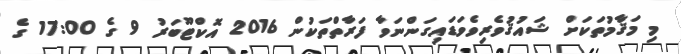
މި މަޤާމުތަކަށް ޝައުޤުވެރިވެވަޑައިގަންނަވާ ފަރާތްތަކުން 2016 އޮކްޓޫބަރު 9 ގެ 17:00 ގެ